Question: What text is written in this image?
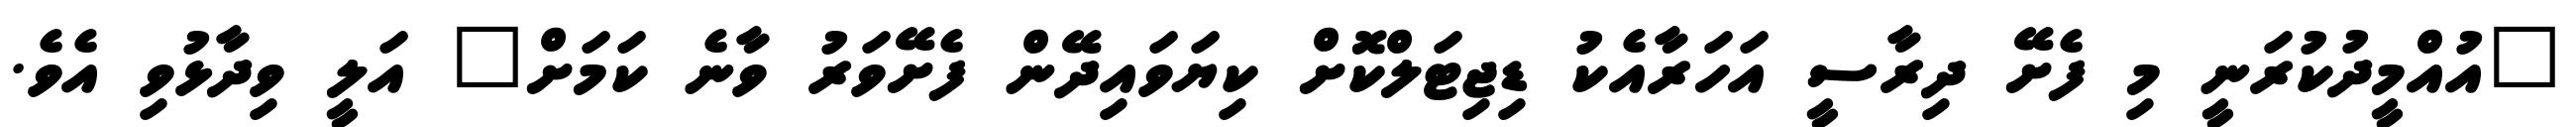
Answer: "އުއްމީދުކުރަނީ މި ފެށޭ ދިރާސީ އަހަރާއެކު ޑިޖިޓަލްކޮށް ކިޔަވައިދޭން ފެށޭވަރު ވާނެ ކަމަށް" އަލީ ވިދާޅުވި އެވެ.